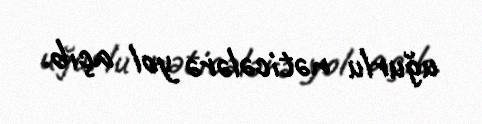
uğurlu nəticələrə yol açıb.